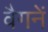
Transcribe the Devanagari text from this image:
वैगनें